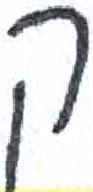
אות: ק